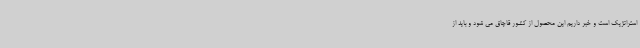
استراتژیک است و خبر داریم این محصول از کشور قاچاق می شود و باید از